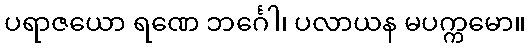
ပရာဇယော ရဏေ ဘင်္ဂေါ၊ ပလာယန မပက္ကမော။